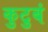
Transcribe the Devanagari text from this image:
कुटुबं